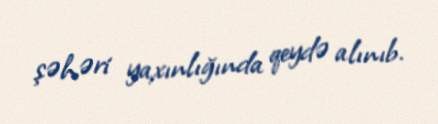
şəhəri yaxınlığında qeydə alınıb.